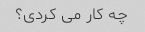
چه کار می کردی؟